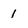
Character: 1